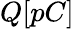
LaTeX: Q[pC]